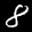
Label: 8